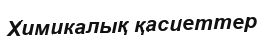
Химикалық қасиеттер